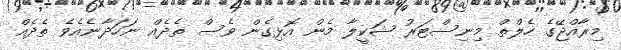
މިރާއްޖޭގެ ހެލްތް މިނިސްޓަރު ޝަކީލާ މެން އޮޅިގެން ވެސް ތެދެއް ނަހަދާނެއެވެ ތެދެއް